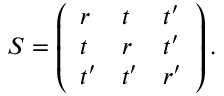
S = \left( \begin{array} { l l l } { r } & { t } & { t ^ { \prime } } \\ { t } & { r } & { t ^ { \prime } } \\ { t ^ { \prime } } & { t ^ { \prime } } & { r ^ { \prime } } \end{array} \right) .